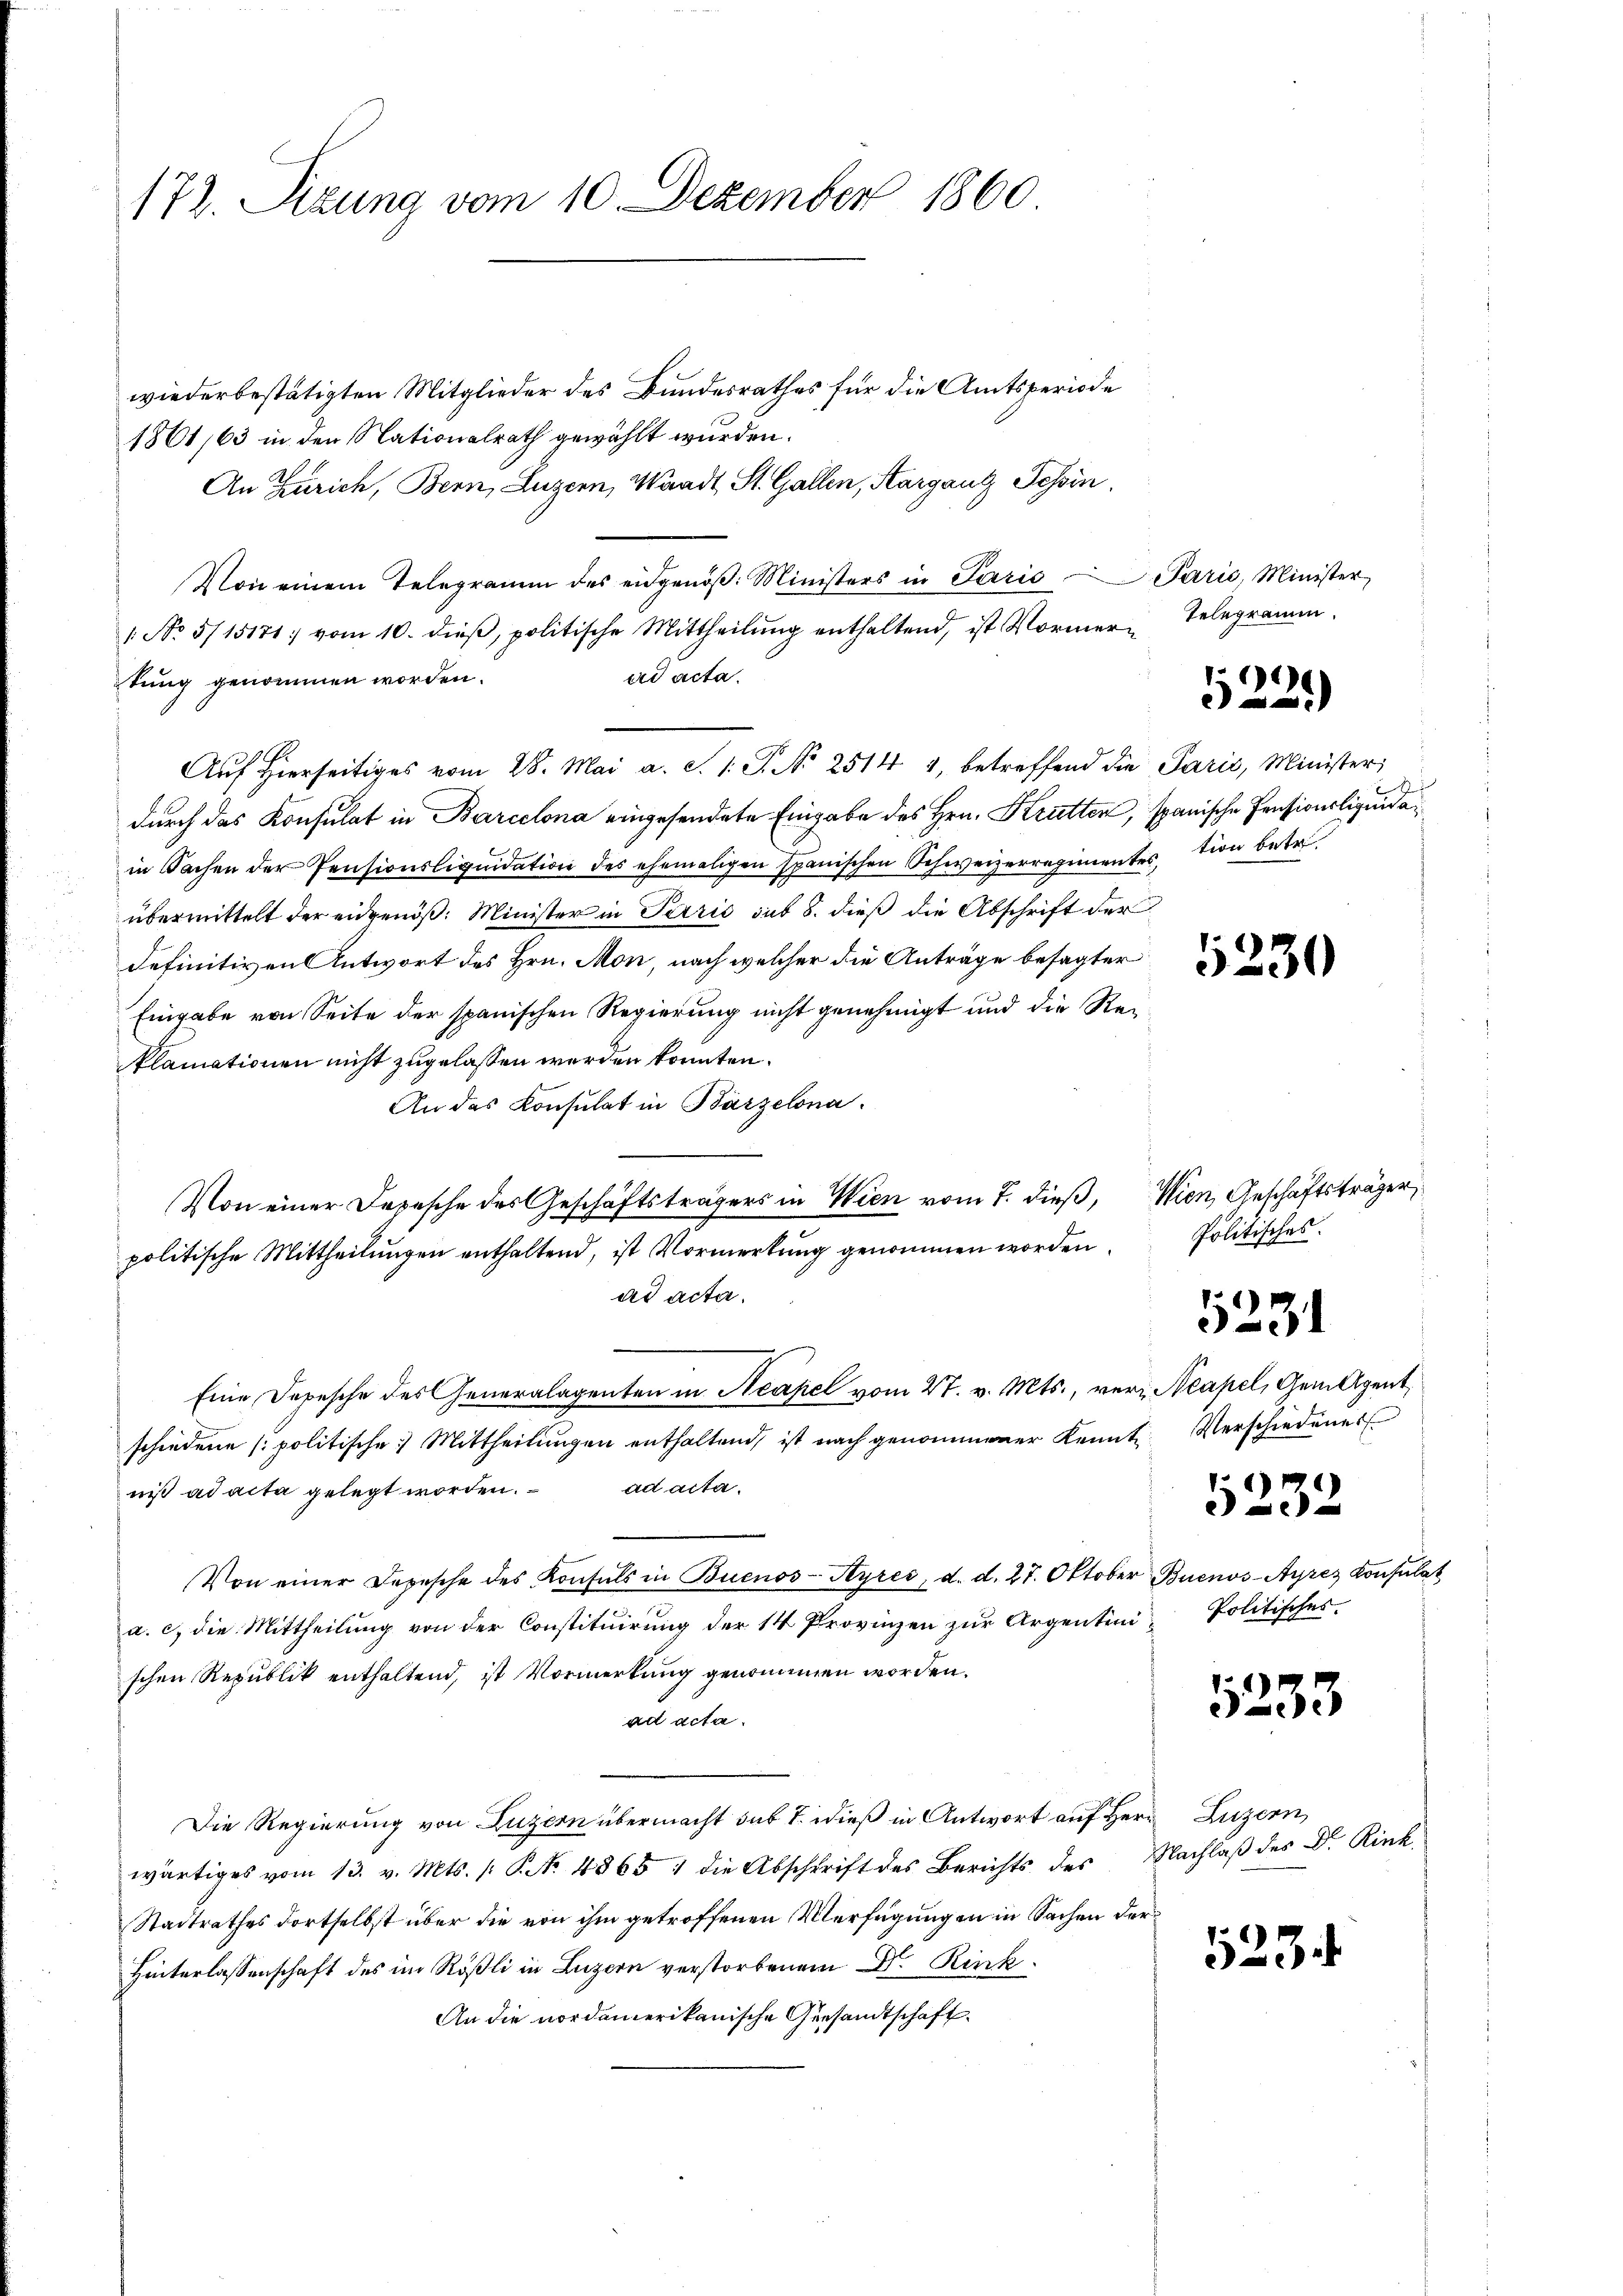
172. Sizung vom 10. Dezember 1860

wiederbestätigten Mitglieder des Bundesrathes für die Amtsperiode
1801/63 in den Nationalrath gewählt wurden.
An Zürich, Bern, Luzern, Waadt St. Gallen, Aargang Tessin.
Von einem Telegramm des eidgenöβ. Ministers in Paris Parić, Minister
1 No 5/15171 vom 10. dieβ, politische Mittheilŭng enthaltend, ist Vormer-Telegramm.
ad acta.
tung genommen worden.
durch das Konsulat in Barcelona eingesendete Eingabe des Hrn. Kratten, spanische Pensionsliquidain Sachen der Pensionsliqŭidation des ehemaligen Spanischen Schweizerregimentes, tion betr.
übermittelt der eidgenöß: Minister in Terris sub 8. dieß die Abschrift der
definitiven Antwort des Hrn. Mon, nach welcher die Anträge besagter
Eingabe von Seite der spanischen Regierung nicht genehmigt und die Reiklamationen nicht zugelassen werden konnten.
An das Konsulat in Barzelona.
Von einer Depesche des Geschäftsträgers in Wien vom 7. dieß, Wien, Geschäftsträger,
politische Mittheilungen enthaltend, ist Vormerkung genommen worden.
ad acta.
Eine Depesche des Generalagenten in Neapel vom 27. v. Mts., verz. Neapel, Gem Agent
schiedene politische Mittheilŭngen enthaltend, ist nach genommener Kennt Verschiedenes
niß ad acta gelegt worden. ad acta.
Von einer Depesche des Konsuls in Buenos-Ayres, d. d. 27. Oktober Buenos-Ayres Konsulat
a. c. die Mittheilung von der Constituirung der 14 Provinzen zur Argentini Politisches
schen Republik enthaltend, ist Vormerkung genommen worden.
ad acta.
Die Regierung von Luzern übermacht sub 7. dieß in Antwort auf Herr Luzern,
wärtiges vom 13. v. Mts. (: St. 4865: die Abschrift des Berichts der Nachlaβ des Dr. Rink
Stadtrathes dortselbst über die von ihm getroffenen Verfügung in in Sachen der¬
Hinterlassenschaft des im Rößli in Luzern verstorbenem Dr. Rink¬
An die nordamerikanische Gesandtschaft.

Auf hierseitiges vom 28. Mai a. S. 1. P. Nr. 2514 4, betreffend die Paris, Minister,

9
2

230

Politisches.
5233

523

5232

523.